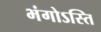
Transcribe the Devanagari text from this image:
भंगोऽस्ति